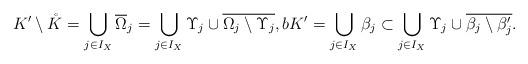
LaTeX: \begin{align*}K'\setminus\mathring K=\bigcup_{j\in I_X}\overline\Omega_j=\bigcup_{j\in I_X} \Upsilon_j\cup\overline{\Omega_j\setminus\Upsilon_j},bK'=\bigcup_{j\in I_X}\beta_j\subset \bigcup_{j\in I_X}\Upsilon_j\cup \overline{\beta_j\setminus\beta_j'}.\end{align*}